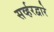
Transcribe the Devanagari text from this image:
सर्व्हरद्वारे